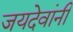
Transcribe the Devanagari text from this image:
जयदेवांनी